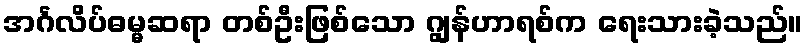
အင်္ဂလိပ်ဓမ္မဆရာ တစ်ဦးဖြစ်သော ဂျွန်ဟာရစ်က ရေးသားခဲ့သည်။